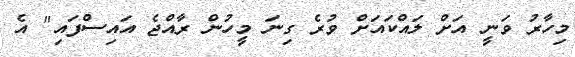
މިހާރު ވަނީ އަށް ލައްކައަށް ވުރެ ގިނަ މީހުން ރާއްޖެ އައިސްފައި" އެ